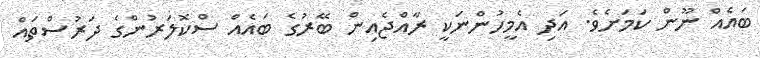
ބައެއް ނޫން ކަމަށެވެ. އަދި އެމީހުންނަކީ ރާއްޖެއިން ބޭރުގެ ބައެއް ސްކޮލަރުންގެ ދަރުސްތައް